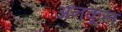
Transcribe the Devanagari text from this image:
अनकूल